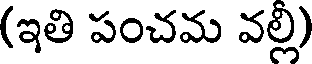
(ఇతి పంచమ వల్లి)